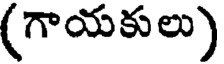
(గాయకులు)